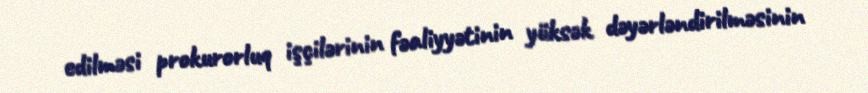
edilməsi prokurorluq işçilərinin fəaliyyətinin yüksək dəyərləndirilməsinin